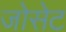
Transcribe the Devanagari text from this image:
जोसेट